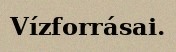
Vízforrásai.